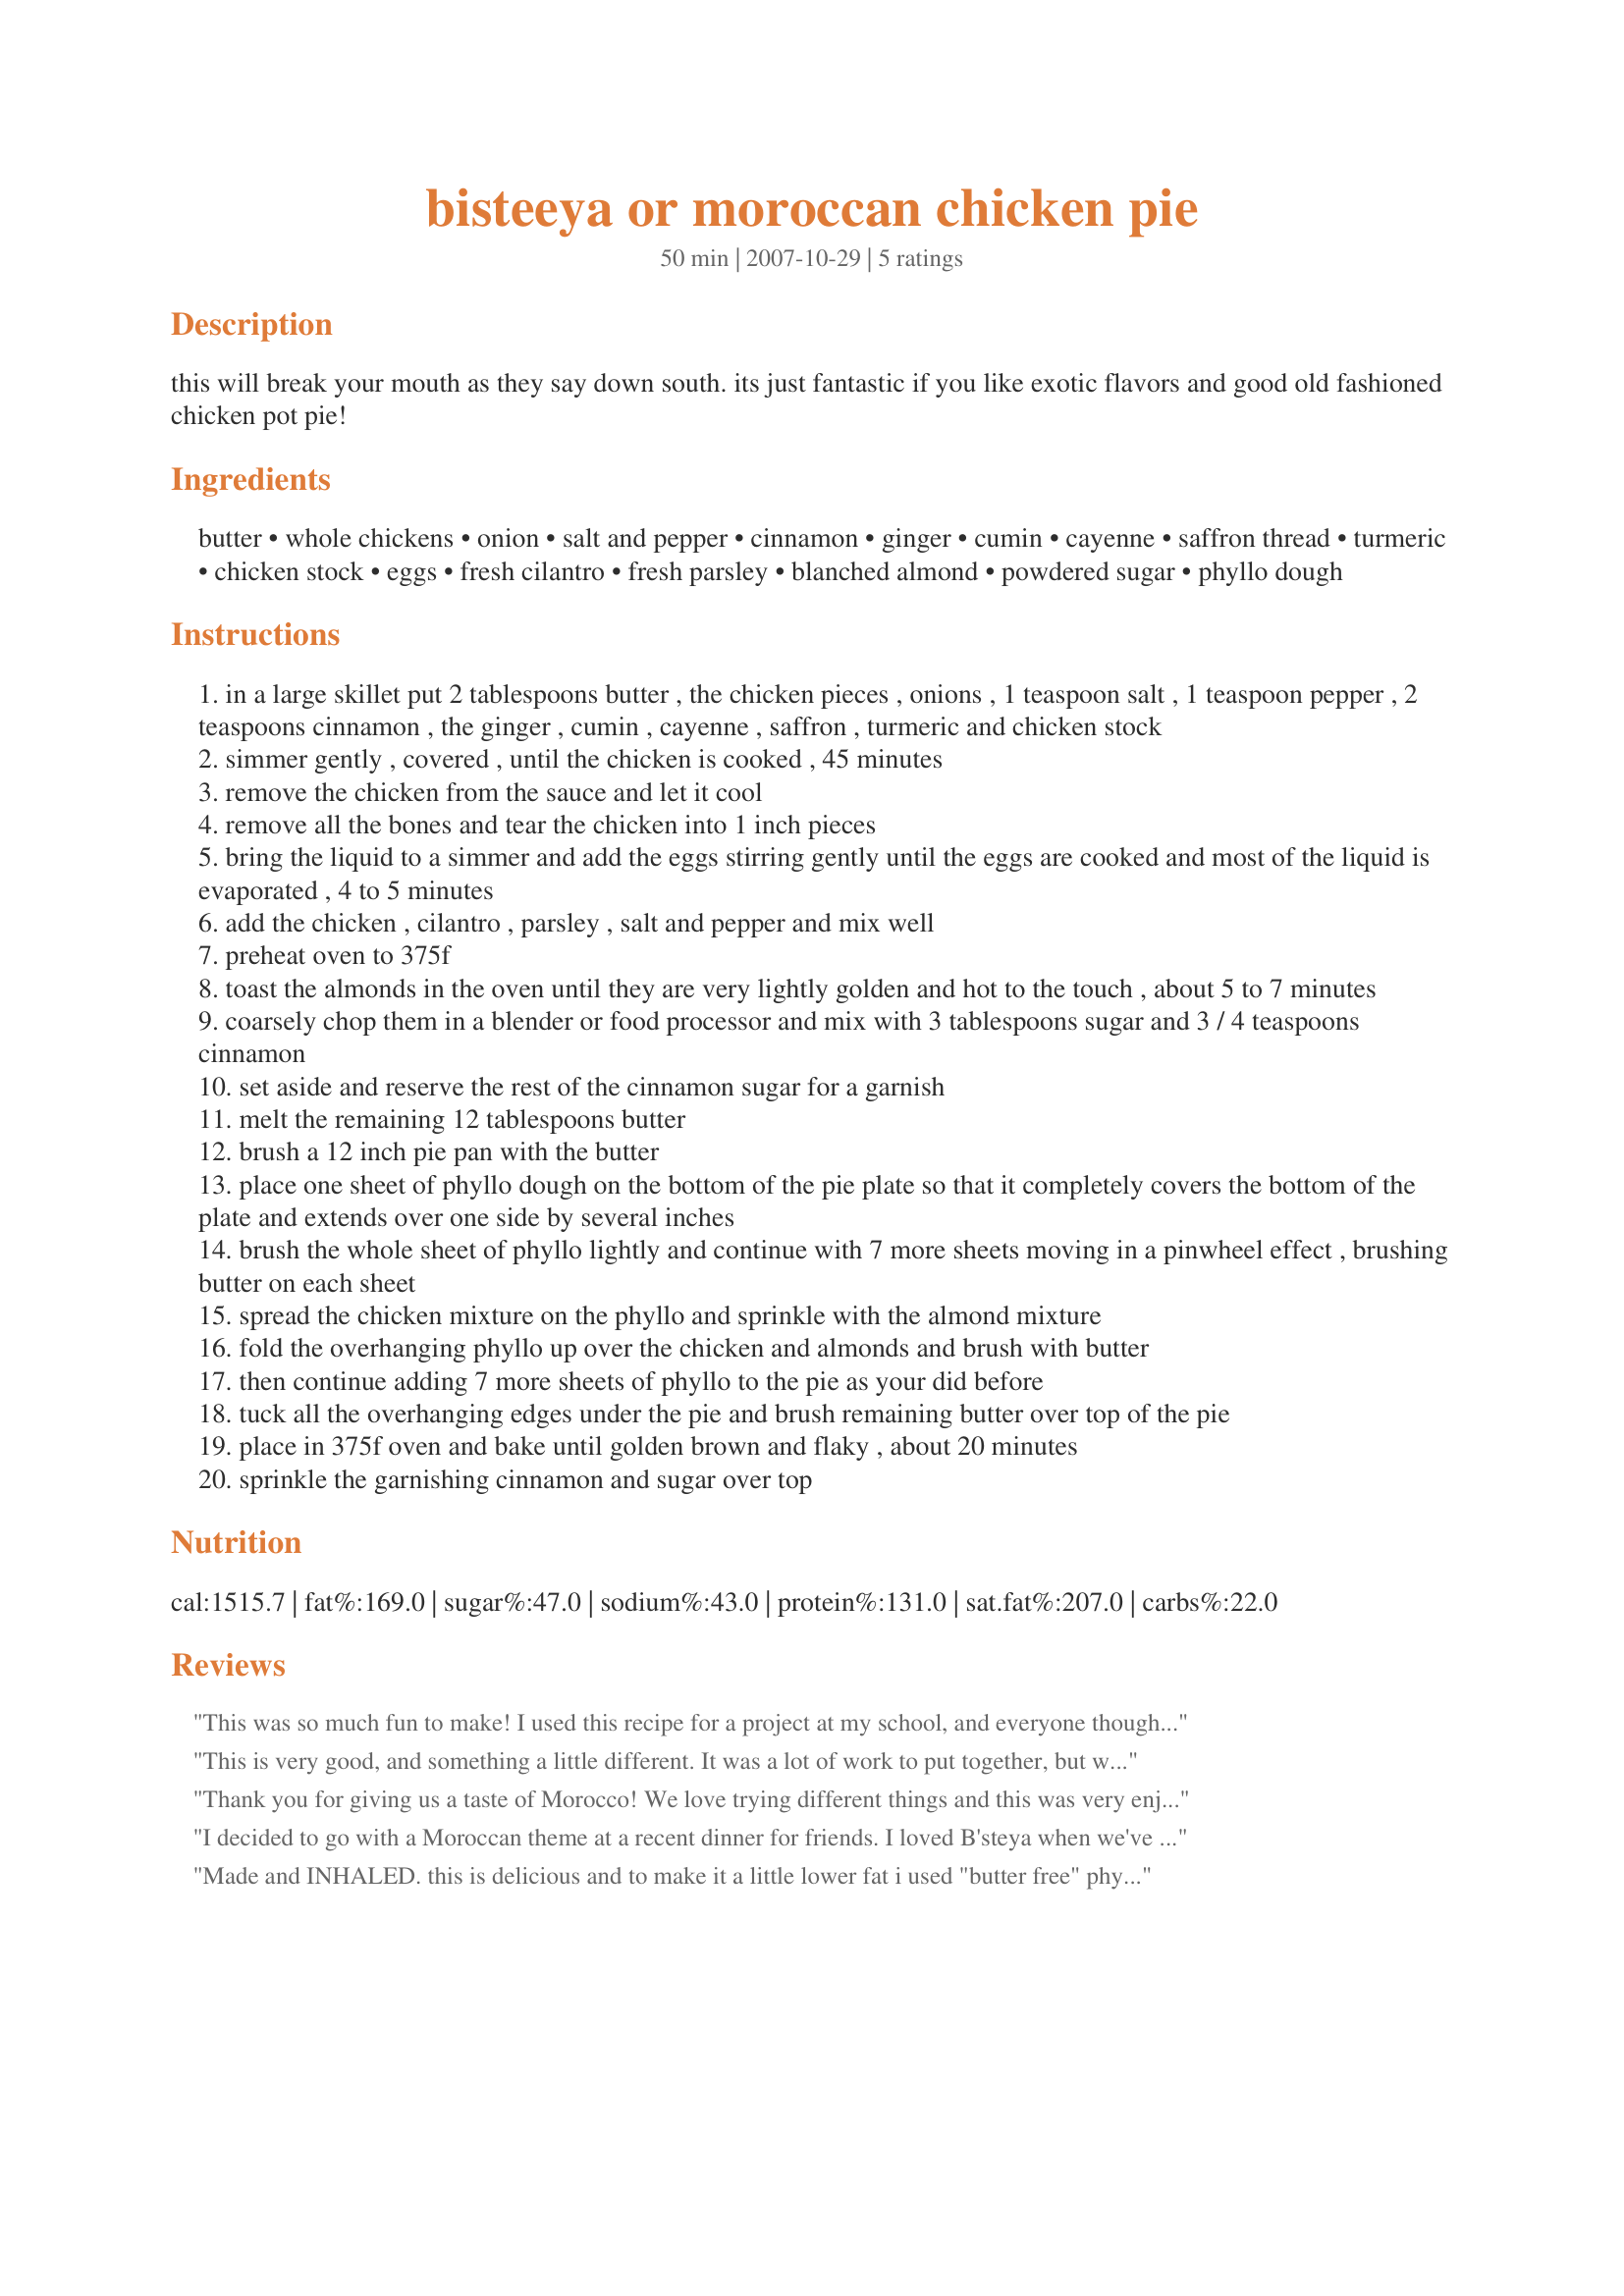
bisteeya or moroccan chicken pie
Preparation time: 50 minutes

this will break your mouth as they say down south. its just fantastic if you like exotic flavors and good old fashioned chicken pot pie!

Ingredients:
butter, whole chickens, onion, salt and pepper, cinnamon, ginger, cumin, cayenne, saffron thread, turmeric, chicken stock, eggs, fresh cilantro, fresh parsley, blanched almond, powdered sugar, phyllo dough

Steps:
in a large skillet put 2 tablespoons butter , the chicken pieces , onions , 1 teaspoon salt , 1 teaspoon pepper , 2 teaspoons cinnamon , the ginger , cumin , cayenne , saffron , turmeric and chicken stock
simmer gently , covered , until the chicken is cooked , 45 minutes
remove the chicken from the sauce and let it cool
remove all the bones and tear the chicken into 1 inch pieces
bring the liquid to a simmer and add the eggs stirring gently until the eggs are cooked and most of the liquid is evaporated , 4 to 5 minutes
add the chicken , cilantro , parsley , salt and pepper and mix well
preheat oven to 375f
toast the almonds in the oven until they are very lightly golden and hot to the touch , about 5 to 7 minutes
coarsely chop them in a blender or food processor and mix with 3 tablespoons sugar and 3 / 4 teaspoons cinnamon
set aside and reserve the rest of the cinnamon sugar for a garnish
melt the remaining 12 tablespoons butter
brush a 12 inch pie pan with the butter
place one sheet of phyllo dough on the bottom of the pie plate so that it completely covers the bottom of the plate and extends over one side by several inches
brush the whole sheet of phyllo lightly and continue with 7 more sheets moving in a pinwheel effect , brushing butter on each sheet
spread the chicken mixture on the phyllo and sprinkle with the almond mixture
fold the overhanging phyllo up over the chicken and almonds and brush with butter
then continue adding 7 more sheets of phyllo to the pie as your did before
tuck all the overhanging edges under the pie and brush remaining butter over top of the pie
place in 375f oven and bake until golden brown and flaky , about 20 minutes
sprinkle the garnishing cinnamon and sugar over top

Reviews:
This was so much fun to make! I used this recipe for a project at my school, and everyone thought it was very delicious! Some people didn't try it, though, because it does look pretty foreign. I think that the recipe underestimated the time it takes to make this. Even though I made 2 pies, it still took about 3 or 4 hours. I'm not surprised that it takes a long time because bisteeya is often served at muslim weddings and at eid al-fitr, which are both very special occasions. The best part of making it was doing the phyllo dough because it's almost like putting layers of paper on the pie! <br/>I really liked the unique, exotic flavors of bisteeya. It is slightly slightly spicy, and it's also sweet and crunchy from the almonds. Warning, though, it is very buttery and messy to serve.
This is very good, and something a little different. It was a lot of work to put together, but worth it! Thanks for posting this unique recipe.
Thank you for giving us a taste of Morocco! We love trying different things and this was very enjoyable - 2 out of 3 kids LOVED it & asked for seconds! (DH did too.) We only had two pieces of pie left! I know most people wouldn't expect kids to eat this, but my kids are adventurous... After dinner, we found Morocco on the world map and then looked it up on Microsoft Student encyclopedia to see what the culture was like, etc...(I homeschool - everything is a learning experience!) I had planned to make this exactly as the recipe instructed, but then life happened....I ended up having to leave the house and didn't get home in time to make this for dinner yesterday, so here I had thawed chicken and a busy weekend ahead of me. Knowing it would be several days before I would have time to make this in one sitting, I did the following....I omitted the butter from step 1, skinned the chicken. I then combined the listed spices (up to the chicken stock), coated the chicken with the spices and placed them in my crockpot. I covered the chicken with finely chopped onion and poured the 1/4 cup stock over. I set the crock pot on low and let it cook all night (8 hrs.) while I slept. Took chicken/onions out of crockpot and allowed to cool while I made breakfast, then cut up the chicken and onions once cool. I poured the juices from the crockpot through a fine-mesh strainer to get some unappetizing remnants out of it, then proceeded to make the eggs with the liquid as stated in the recipe. I toasted the almonds in th microwave, combined with the sugar & cinnamon & set aside. I then placed the mixture in the fridge as we had to leave for the afternoon. When I got home, I proceeded with the recipe as stated, but instead of brushing the layers with butter, I sprayed each layer with I Can't Believe It's Not Butter (don't cringe!) Spray. It turned out delicious! It will be added to my Zaar favorites for the next time we need a little taste of Morroco!!
I decided to go with a Moroccan theme at a recent dinner for friends. I loved B'steya when we've been to Moroccan restaurants so I thought I would try this. Remembering how flaky the philo pastry crust can be though, I decided to do something a little different. Instead of making the pie as described, I assembled it like Spanikopita--making the pastries into individual triangles. It turned out to be a real hit!
Made and INHALED. 

this is delicious and to make it a little lower fat i used "butter free" phyllo by spraying each sheet with butter flavored cooking spray rather than butter.

Scaled it down to make it as an individual little one :)
